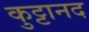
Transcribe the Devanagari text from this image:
कुट्टानद